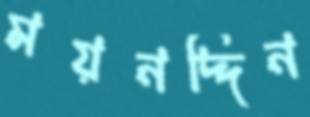
ময়নদ্দিন